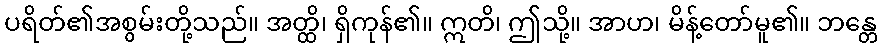
ပရိတ်၏အစွမ်းတို့သည်။ အတ္ထိ၊ ရှိကုန်၏။ ဣတိ၊ ဤသို့။ အာဟ၊ မိန့်တော်မူ၏။ ဘန္တေ